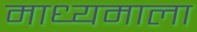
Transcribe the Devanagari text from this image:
माध्यमाला